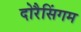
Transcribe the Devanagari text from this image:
दोरैसिंगम